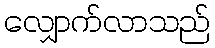
လျှောက်လာသည်